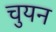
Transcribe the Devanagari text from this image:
चुयन